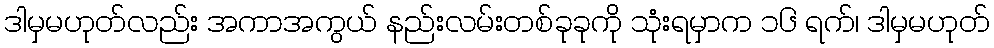
ဒါမှမဟုတ်လည်း အကာအကွယ် နည်းလမ်းတစ်ခုခုကို သုံးရမှာက ၁၆ ရက်၊ ဒါမှမဟုတ်